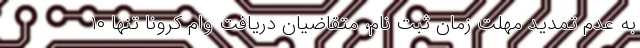
به عدم تمدید مهلت زمان ثبت نام، متقاضیان دریافت وام کرونا تنها ۱۰